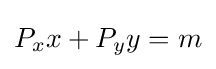
P_{x}x+P_{y}y=m